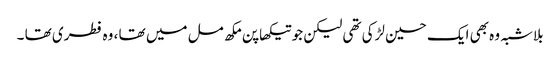
بلاشبہ وہ بھی ایک حسین لڑکی تھی لیکن جو تیکھا پن مکھ مل میں تھا ، وہ فطری تھا ۔